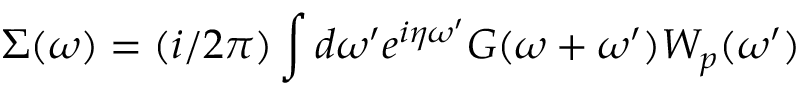
\Sigma ( \omega ) = ( i / 2 \pi ) \int d \omega ^ { \prime } e ^ { i \eta \omega ^ { \prime } } G ( \omega + \omega ^ { \prime } ) W _ { p } ( \omega ^ { \prime } )